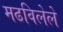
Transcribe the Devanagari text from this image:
मढविलेले